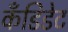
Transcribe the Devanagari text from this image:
कँडिडेट